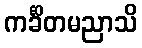
ကင်္ခိတမညာသိ